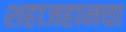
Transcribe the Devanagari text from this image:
शहाजहानचा